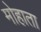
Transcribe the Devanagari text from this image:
मोहाता